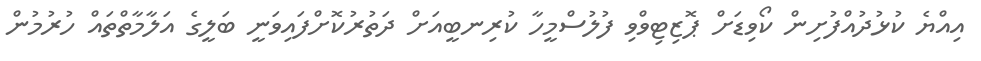
އިއްޔެ ކުޅުދުއްފުށިން ކޯވިޑަށް ޕޮޒިޓިވްވި ފުލުސްމީހާ ކުރިނބީއަށް ދަތުރުކޮށްފައިވަނީ ބަލީގެ އަލާމާތްތައް ހުރުމުން